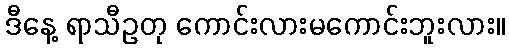
ဒီနေ့ ရာသီဥတု ကောင်းလားမကောင်းဘူးလား။